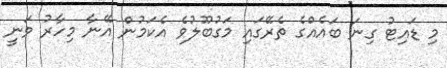
މި ޑައިޓު ގިނަ ބައެއްގެ ތެރޭގައި މަގުބޫލުވެ އެކަމުން އޭނާ މިހާރު ވަނީ